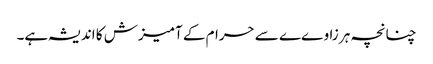
چنانچہ ہر زاوےے سے حرام کے آمیزش کا اندیشہ ہے۔